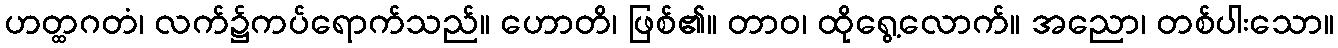
ဟတ္ထဂတံ၊ လက်၌ကပ်ရောက်သည်။ ဟောတိ၊ ဖြစ်၏။ တာဝ၊ ထိုရွေ့လောက်။ အညော၊ တစ်ပါးသော။